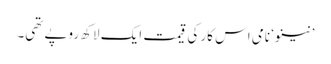
’نینو‘ نامی اس کار کی قیمت ایک لاکھ روپے تھی۔